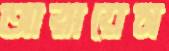
আরায়েস